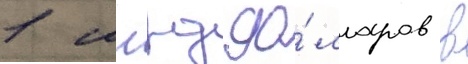
1 млрд до́лларов в